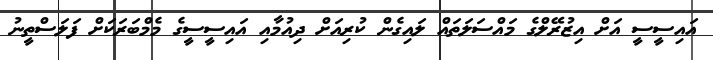
އައިސީސީ އަށް އިޒުރޭލްގެ މައްސަލަތައް ލައިގެން ކުރިއަށް ދިއުމާއި އައިސީސީގެ މެމްބަރަކަށް ފަލަސްތީނު